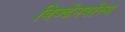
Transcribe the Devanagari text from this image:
विज्डेनबोस्च